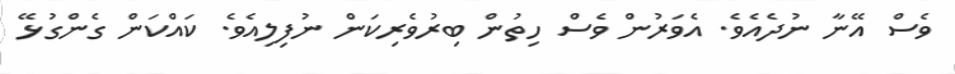
ވެސް އޭނާ ނުދެއެވެ. އެވަރުން ވެސް ހިތުން ބިރުވެރިކަން ނުފިލިއެވެ. ކައްކަން ގެންގުޅޭ